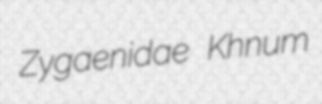
Zygaenidae Khnum